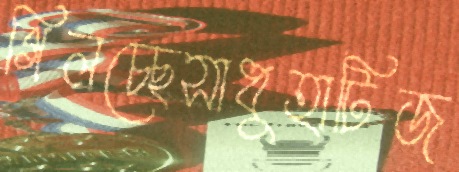
গিলচ্ছেসাধুহাটিজ